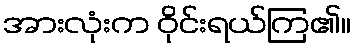
အားလုံးက ဝိုင်းရယ်ကြ၏။